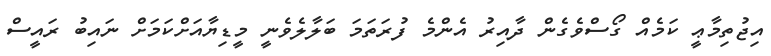
އިޖުތިމާޢީ ކަމެއް ގޯސްވެގެން ދާއިރު އެންމެ ފުރަތަމަ ބަލާލެވެނީ މީޑިޔާއަށްކަމަށް ނައިބު ރައީސް